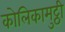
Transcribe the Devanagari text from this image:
कोलिकामुट्ठी